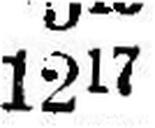
1217